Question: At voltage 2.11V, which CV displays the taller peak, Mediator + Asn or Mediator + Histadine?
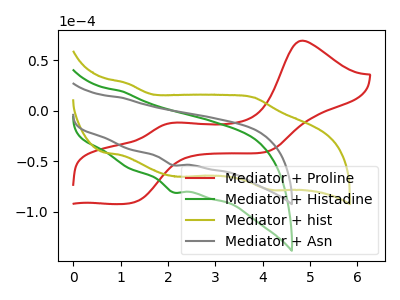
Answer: <think>The red curve "Mediator + Proline" has anodic peaks at (4.85V, 69.35uA) (2.10V, -12.00uA) and cathodic peaks at (1.30V, -90.85uA) (4.10V, -40.75uA). The green curve "Mediator + Histadine" has a cathodic peak at: (2.10V, -80.90uA). The olive curve "Mediator + hist" has anodic peaks at (1.15V, 26.95uA) (3.80V, 13.15uA) and cathodic peaks at (2.20V, -65.40uA) (4.20V, -78.50uA). The gray curve "Mediator + Asn" has a cathodic peak at: (2.10V, -54.00uA).</think>
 <answer>The peak at 2.11V is lower in "Mediator + Asn" than in "Mediator + Histadine".</answer>
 <eval>lower</eval>